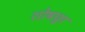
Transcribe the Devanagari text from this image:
शोषछ्वा